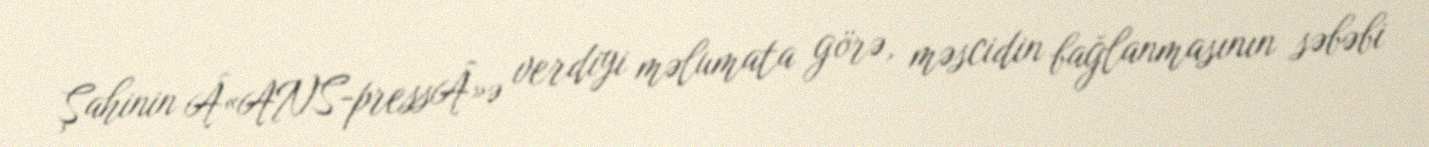
Şahinin Â«ANS-pressÂ»ə verdiyi məlumata görə, məscidin bağlanmasının səbəbi